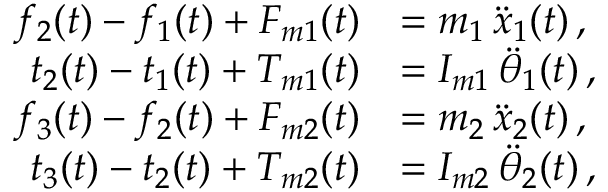
\begin{array} { r l } { f _ { 2 } ( t ) - f _ { 1 } ( t ) + F _ { m 1 } ( t ) } & { = m _ { 1 } \, \ddot { x } _ { 1 } ( t ) \, , } \\ { t _ { 2 } ( t ) - t _ { 1 } ( t ) + T _ { m 1 } ( t ) } & { = I _ { m 1 } \, \ddot { \theta } _ { 1 } ( t ) \, , } \\ { f _ { 3 } ( t ) - f _ { 2 } ( t ) + F _ { m 2 } ( t ) } & { = m _ { 2 } \, \ddot { x } _ { 2 } ( t ) \, , } \\ { t _ { 3 } ( t ) - t _ { 2 } ( t ) + T _ { m 2 } ( t ) } & { = I _ { m 2 } \, \ddot { \theta } _ { 2 } ( t ) \, , } \end{array}